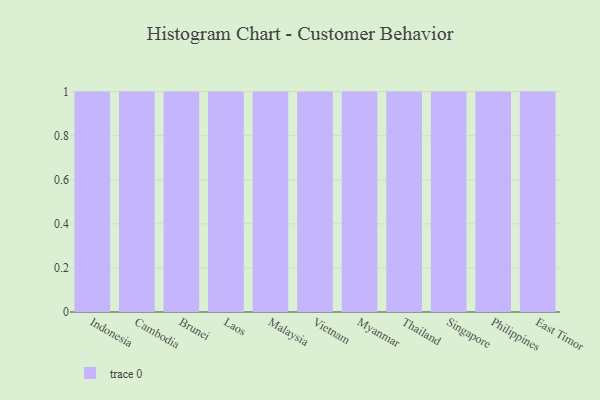
{"axis": {"x": "Country", "y": "Bounce Rate (%)"}, "legend": [""], "data": [{"x": "Indonesia", "y": 75, "type": ""}, {"x": "Cambodia", "y": 2, "type": ""}, {"x": "Brunei", "y": 14, "type": ""}, {"x": "Laos", "y": 12, "type": ""}, {"x": "Malaysia", "y": 94, "type": ""}, {"x": "Vietnam", "y": 5, "type": ""}, {"x": "Myanmar", "y": 10, "type": ""}, {"x": "Thailand", "y": 95, "type": ""}, {"x": "Singapore", "y": 40, "type": ""}, {"x": "Philippines", "y": 42, "type": ""}, {"x": "East Timor", "y": 61, "type": ""}]}